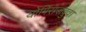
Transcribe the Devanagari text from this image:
योगिराजबुवा